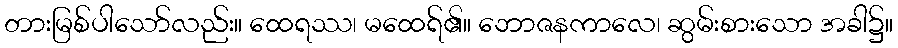
တားမြစ်ပါသော်လည်း။ ထေရဿ၊ မထေရ်၏။ ဘောဇနကာလေ၊ ဆွမ်းစားသော အခါ၌။